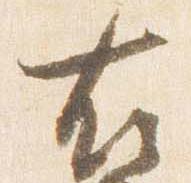
右